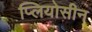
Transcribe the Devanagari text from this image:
प्लियोसीन